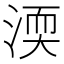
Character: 渜